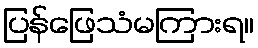
ပြန်ဖြေသံမကြားရ။